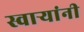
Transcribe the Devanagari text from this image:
स्वार्‍यांनी